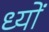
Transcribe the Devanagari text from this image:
ध्यों